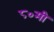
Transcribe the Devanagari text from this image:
८०मी